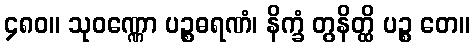
၄၈၀။ သုဝဏ္ဏော ပဉ္စဓရဏံ၊ နိက္ခံ တွနိတ္ထိ ပဉ္စ တေ။